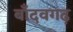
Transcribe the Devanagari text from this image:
बाँदवगढ़